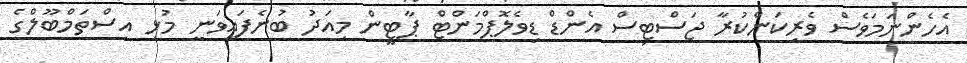
އެހެންނަމަވެސް ވެރިކަންކުރާ ޖަސްޓިސް އެންޑް ޑިވެލޮޕްމަންޓް ޕާޓީން މިއަދު ބުނެފައިވަނީ މުޅި އިސްތަމްބޫލްގެ